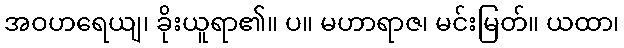
အဝဟရေယျ၊ ခိုးယူရာ၏။ ပ။ မဟာရာဇ၊ မင်းမြတ်။ ယထာ၊